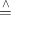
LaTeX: \stackrel { \wedge } { = }